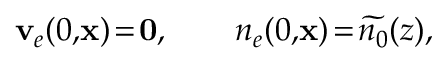
{ \bf v } _ { e } ( 0 , \! { \bf x } ) \! = \! { \bf 0 } , \qquad n _ { e } ( 0 , \! { \bf x } ) \! = \! \widetilde { n _ { 0 } } ( z ) ,